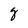
Character: g